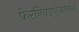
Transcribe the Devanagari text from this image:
फेरनिवडणुकांमध्ये